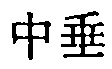
中垂